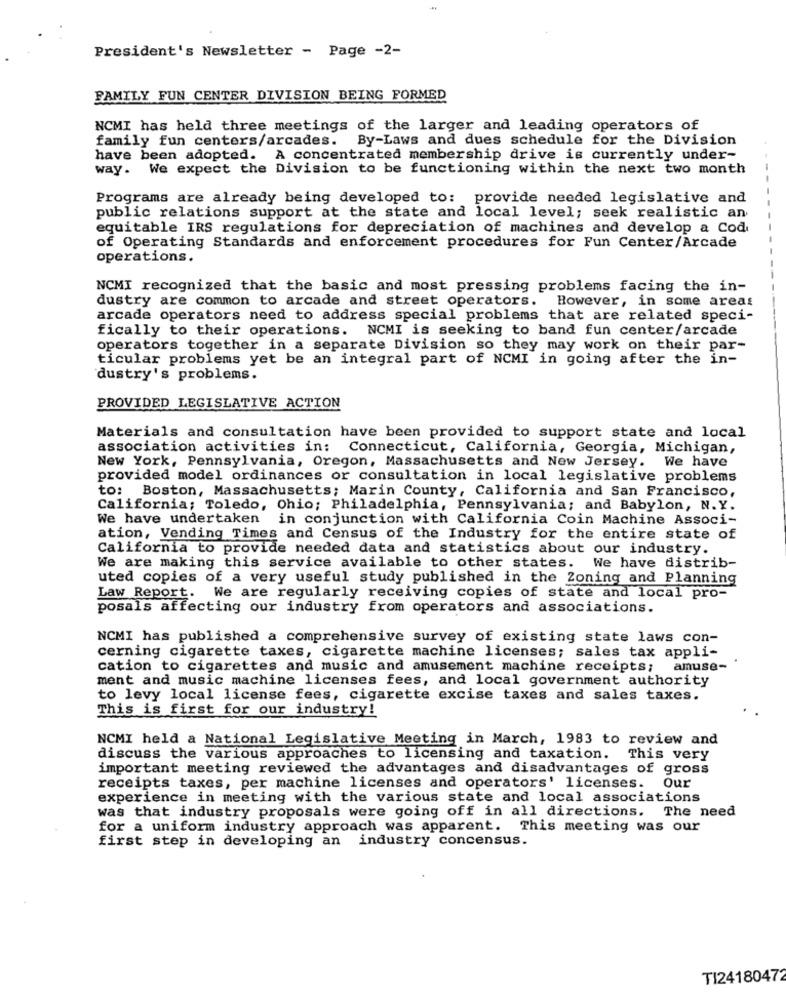
President's Newsletter - Page -2-
FAMILY FUN CENTER DIVISION BEING FORMED
NCMI has held three meetings of the larger and leading operators of
family fun centers/arcades. By-Laws and dues schedule for the Division
have been adopted. A concentrated membership drive is currently under-
way. We expect the Division to be functioning within the next two month
Programs are already being developed to: provide needed legislative and
public relations support at the state and local level; seek realistic an
equitable IRS regulations for depreciation of machines and develop a Cod
of Operating Standards and enforcement procedures for Fun Center/Arcade
operations.
NCMI recognized that the basic and most pressing problems facing the in-
dustry are common to arcade and street operators. However, in some areas
arcade operators need to address special problems that are related speci-
fically to their operations. NCMI is seeking to band fun center/arcade
operators together in a separate Division so they may work on their par-
ticular problems yet be an integral part of NCMI in going after the in-
dustry's problems.
PROVIDED LEGISLATIVE ACTION
Materials and consultation have been provided to support state and local
association activities in: Connecticut, California, Georgia, Michigan,
New York, Pennsylvania, Oregon, Massachusetts and New Jersey. We have
provided model ordinances or consultation in local legislative problems
to: Boston, Massachusetts; Marin County, California and San Francisco,
California; Toledo, Ohio; Philadelphia, Pennsylvania; and Babylon, N.Y.
We have undertaken in conjunction with California Coin Machine Associ-
ation, Vending Times and Census of the Industry for the entire state of
California to provide needed data and statistics about our industry.
We are making this service available to other states. We have distrib-
uted copies of a very useful study published in the Zoning and Planning
Law Report. We are regularly receiving copies of state and local pro-
posals affecting our industry from operators and associations.
NCMI has published a comprehensive survey of existing state laws con-
cerning cigarette taxes, cigarette machine licenses; sales tax appli-
cation to cigarettes and music and amusement machine receipts;
amuse-
ment and music machine licenses fees, and local government authority
to levy local license fees, cigarette excise taxes and sales taxes.
This is first for our industry!
NCMI held a National Legislative Meeting in March, 1983 to review and
discuss the various approaches to licensing and taxation. This very
important meeting reviewed the advantages and disadvantages of gross
receipts taxes, per machine licenses and operators' licenses.
Our
experience in meeting with the various state and local associations
was that industry proposals were going off in all directions. The need
for a uniform industry approach was apparent. This meeting was our
first step in developing an industry concensus.
TI24180472